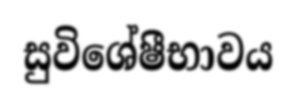
සුවිශේෂීභාවය